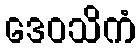
ဒေဝသိကံ